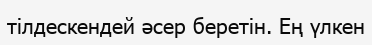
тілдескендей әсер беретін. Ең үлкен